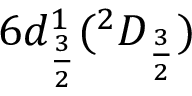
6 d _ { \frac { 3 } { 2 } } ^ { 1 } ( ^ { 2 } D _ { \frac { 3 } { 2 } } )